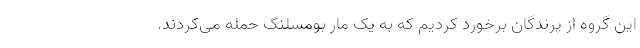
این گروه از پرندگان برخورد کردیم که به یک مار بومسلنگ حمله می‌کردند.